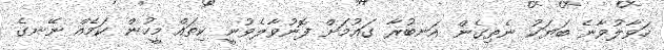
ހަވާލުވާނެ ބަޔަކު ނެތިގެން އަނބުރާ ގައުމަށް ފޮނުވާލެވުނީ ކިތައް މީހުން ކަމެއް ނޭނގެ